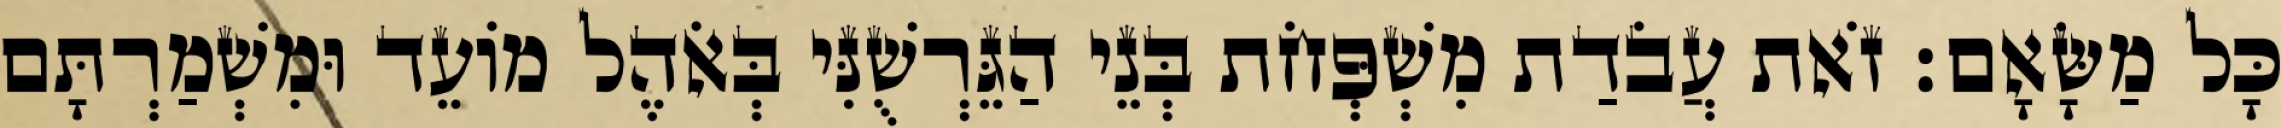
כָּל מַשָּׂאָם׃ זֹאת עֲבֹדַת מִשְׁפְּחֹת בְּנֵי הַגֵּרְשֻׁנִּי בְּאֹהֶל מוֹעֵד וּמִשְׁמַרְתָּם